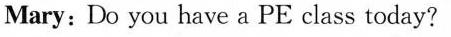
Mary: Do you have a PE class today?